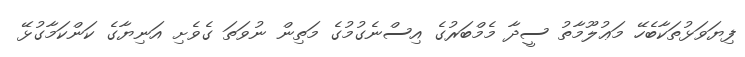
ފިޔަވަޅުތަކާބެހޭ މަޢުލޫމާތު ސީދާ މެމްބަރުގެ އިސްނެގުމުގެ މަތިން ނުވަތަ ގެވެށި އަނިޔާގެ ކަންކަމާގުޅޭ